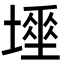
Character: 𡑊